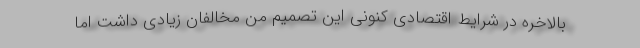
بالاخره در شرایط اقتصادی کنونی این تصمیم من مخالفان زیادی داشت اما